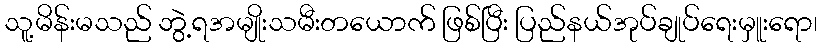
သူ့မိန်းမသည် ဘွဲ့ရအမျိုးသမီးတယောက် ဖြစ်ပြီး ပြည်နယ်အုပ်ချုပ်ရေးမှူးရော၊